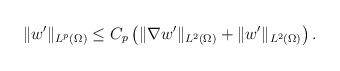
LaTeX: \begin{align*} \|w'\|_{L^p(\Omega)} & \leq C_p \left( \|\nabla w'\|_{L^2(\Omega)}+ \|w'\|_{L^2(\Omega)} \right). \end{align*}